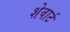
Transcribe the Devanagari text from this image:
शेवार्ट